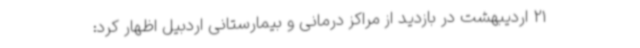
21 اردیبهشت در بازدید از مراکز درمانی و بیمارستانی اردبیل اظهار کرد: